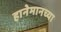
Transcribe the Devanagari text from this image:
हानेमानच्या